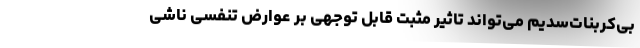
بی‌کربنات‌سدیم می‌تواند تاثیر مثبت قابل توجهی بر عوارض تنفسی ناشی